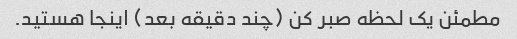
مطمئن یک لحظه صبر کن (چند دقیقه بعد) اینجا هستید.